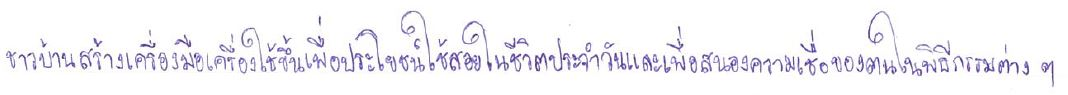
ชาวบ้านสร้างเครื่องมือเครื่องใช้ขึ้นเพื่อประโยชน์ใช้สอยในชีวิตประจำวันและเพื่อสนองความเชื่อของตนในพิธีกรรมต่างๆ